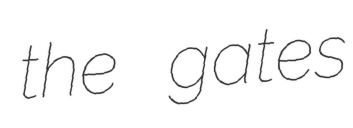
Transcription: the gates